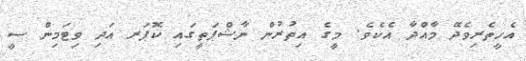
އެހީތެރިވެދޭ މާއްދާ އެކެވެ. މީގެ އިތުރުން ނާޝްޕަތީގައި ކޮޕަރ އަދި ވިޓަމިން ސީ